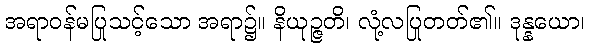
အရာဝန်မပြုသင့်သော အရာ၌။ နိယုဉ္ဇတိ၊ လုံ့လပြုတတ်၏။ ဒုန္နယော၊